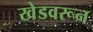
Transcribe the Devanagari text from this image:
खेडवरून